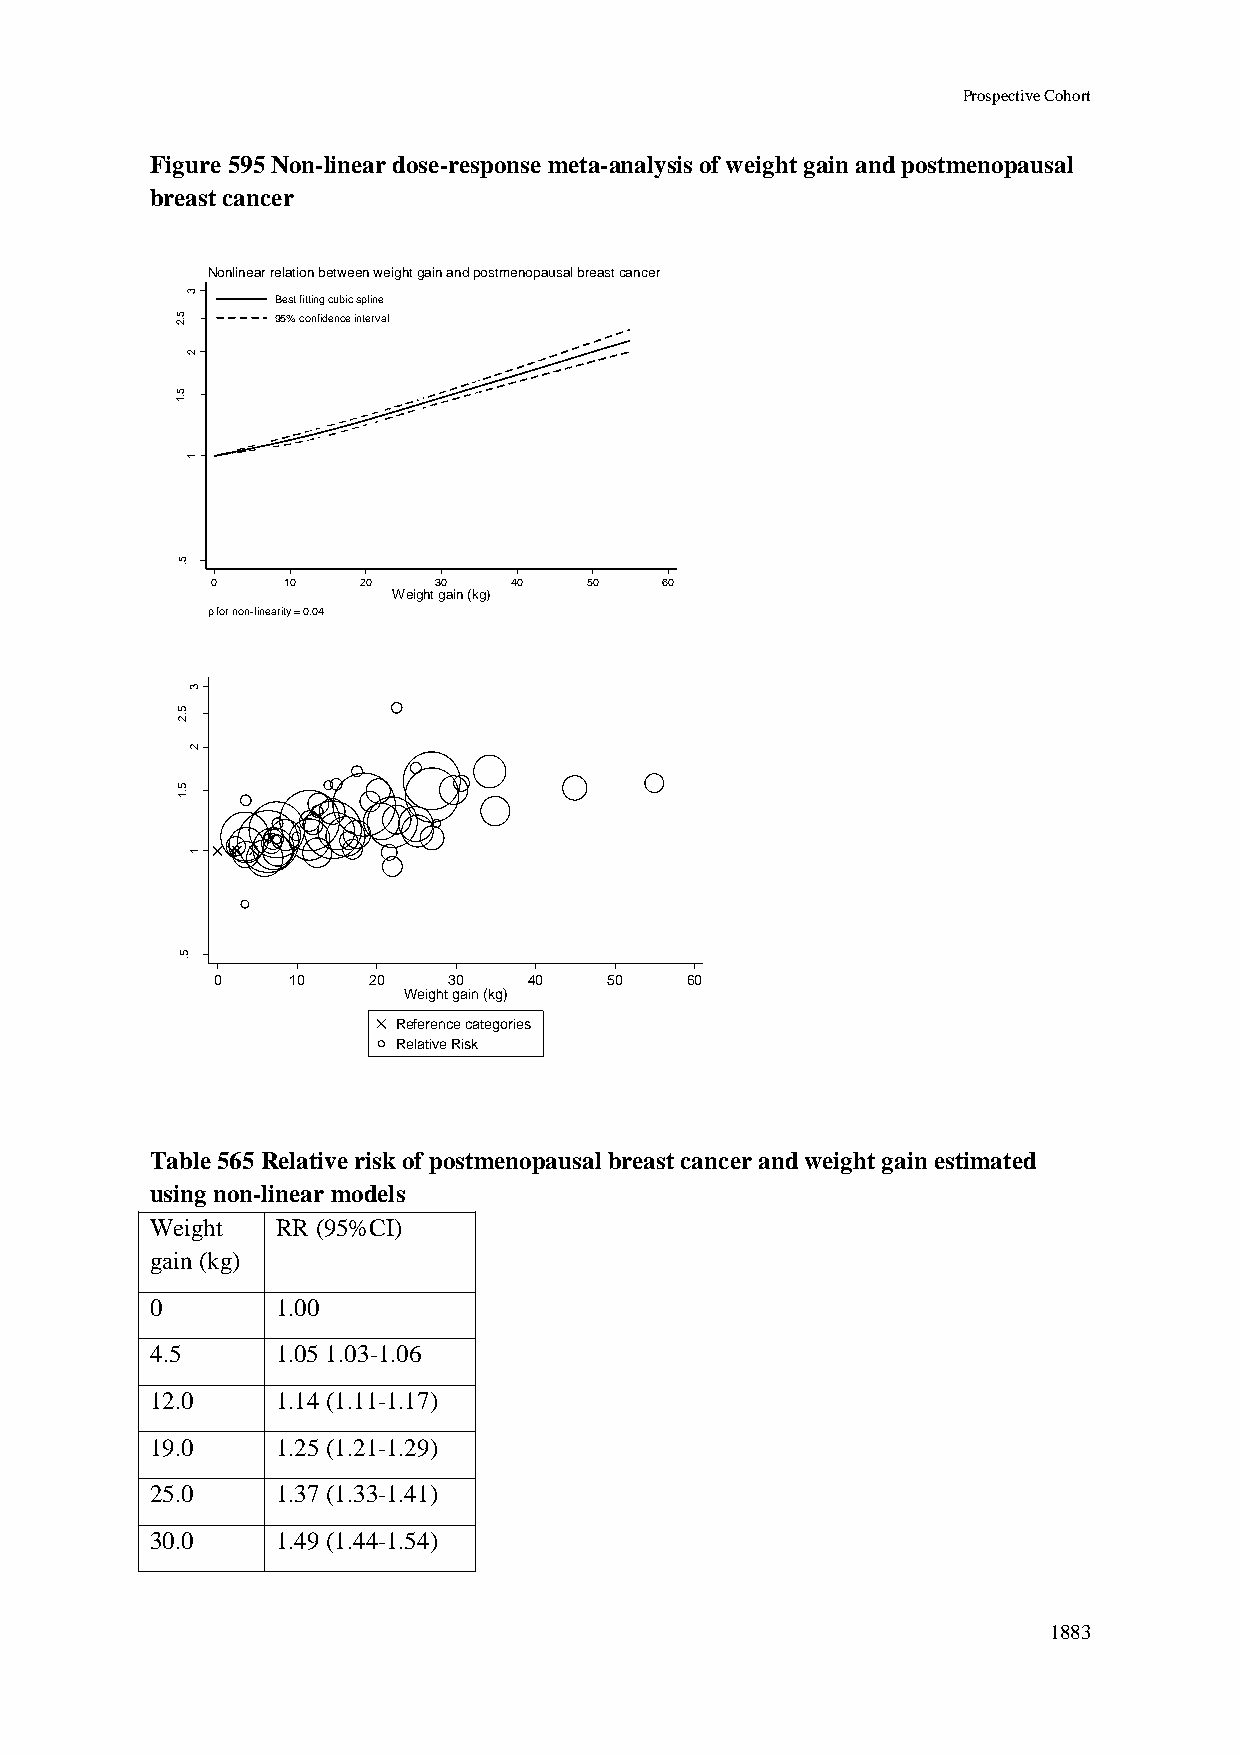
Prospective Cohort
 Figure 595 Non-linear dose-response meta-analysis of weight gain and postmenopausal
 breast cancer
 Nonlinear relation between weight gain and postmenopausal breast cancer
 3
 Best fitting cubic spline
 5.2   95% confidence interval
 2
 R
 R
 5.1
 d
 e
 ta
 m
 its
 E       1
 5.
 0    10   20   30   40   50   60
 Weight gain (kg)
 p for non-linearity = 0.04
 3
 5
 .2
 2
 R R
 d
 5 .1
 e
 ta
 m
 its
 1
 E
 5
 .
 0    10   20    30   40   50   60
 Weight gain (kg)
 Reference categories
 Relative Risk
 Table 565 Relative risk of postmenopausal breast cancer and weight gain estimated
 using non-linear models
 Weight  RR (95%CI)
 gain (kg)
 0       1.00
 4.5     1.05 1.03-1.06
 12.0    1.14 (1.11-1.17)
 19.0    1.25 (1.21-1.29)
 25.0    1.37 (1.33-1.41)
 30.0    1.49 (1.44-1.54)
 1883